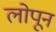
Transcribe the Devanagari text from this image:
लोपून